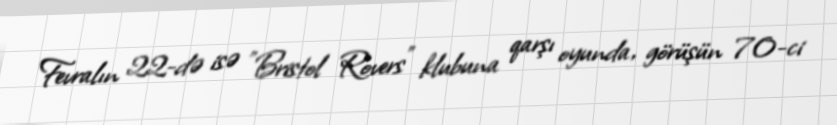
Fevralın 22-də isə "Bristol Rovers" klubuna qarşı oyunda, görüşün 70-ci